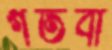
গতবাঁ